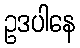
ဥဒပါနေ